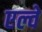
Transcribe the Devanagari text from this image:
एल्वे